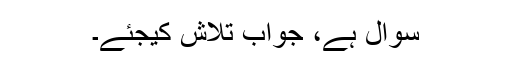
سوال ہے، جواب تلاش کیجئے۔